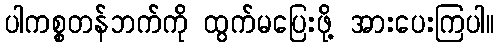
ပါကစ္စတန်ဘက်ကို ထွက်မပြေးဖို့ အားပေးကြပါ။